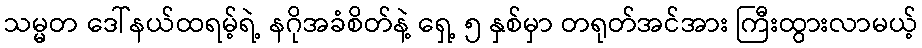
သမ္မတ ဒေါ်နယ်ထရမ့်ရဲ့ နဂိုအခံစိတ်နဲ့ ရှေ့ ၅ နှစ်မှာ တရုတ်အင်အား ကြီးထွားလာမယ့်